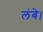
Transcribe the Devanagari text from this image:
लंबे।